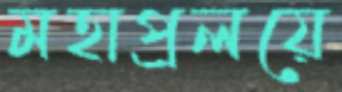
মহাপ্রলয়ে